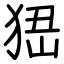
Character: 峱